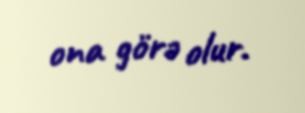
ona görə olur.